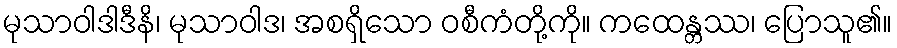
မုသာဝါဒါဒီနိ၊ မုသာဝါဒ၊ အစရှိသော ဝစီကံတို့ကို။ ကထေန္တဿ၊ ပြောသူ၏။